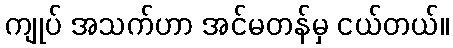
ကျုပ် အသက်ဟာ အင်မတန်မှ ငယ်တယ်။